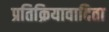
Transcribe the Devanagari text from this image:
प्रतिक्रियावादिता